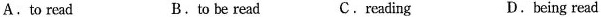
A.to read B.to be read c.reading D.being read